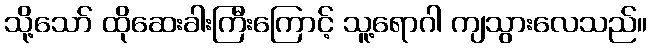
သို့သော် ထိုဆေးခါးကြီးကြောင့် သူ့ရောဂါ ကျသွားလေသည်။